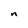
Character: n